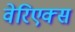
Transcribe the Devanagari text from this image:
वेरिएक्स